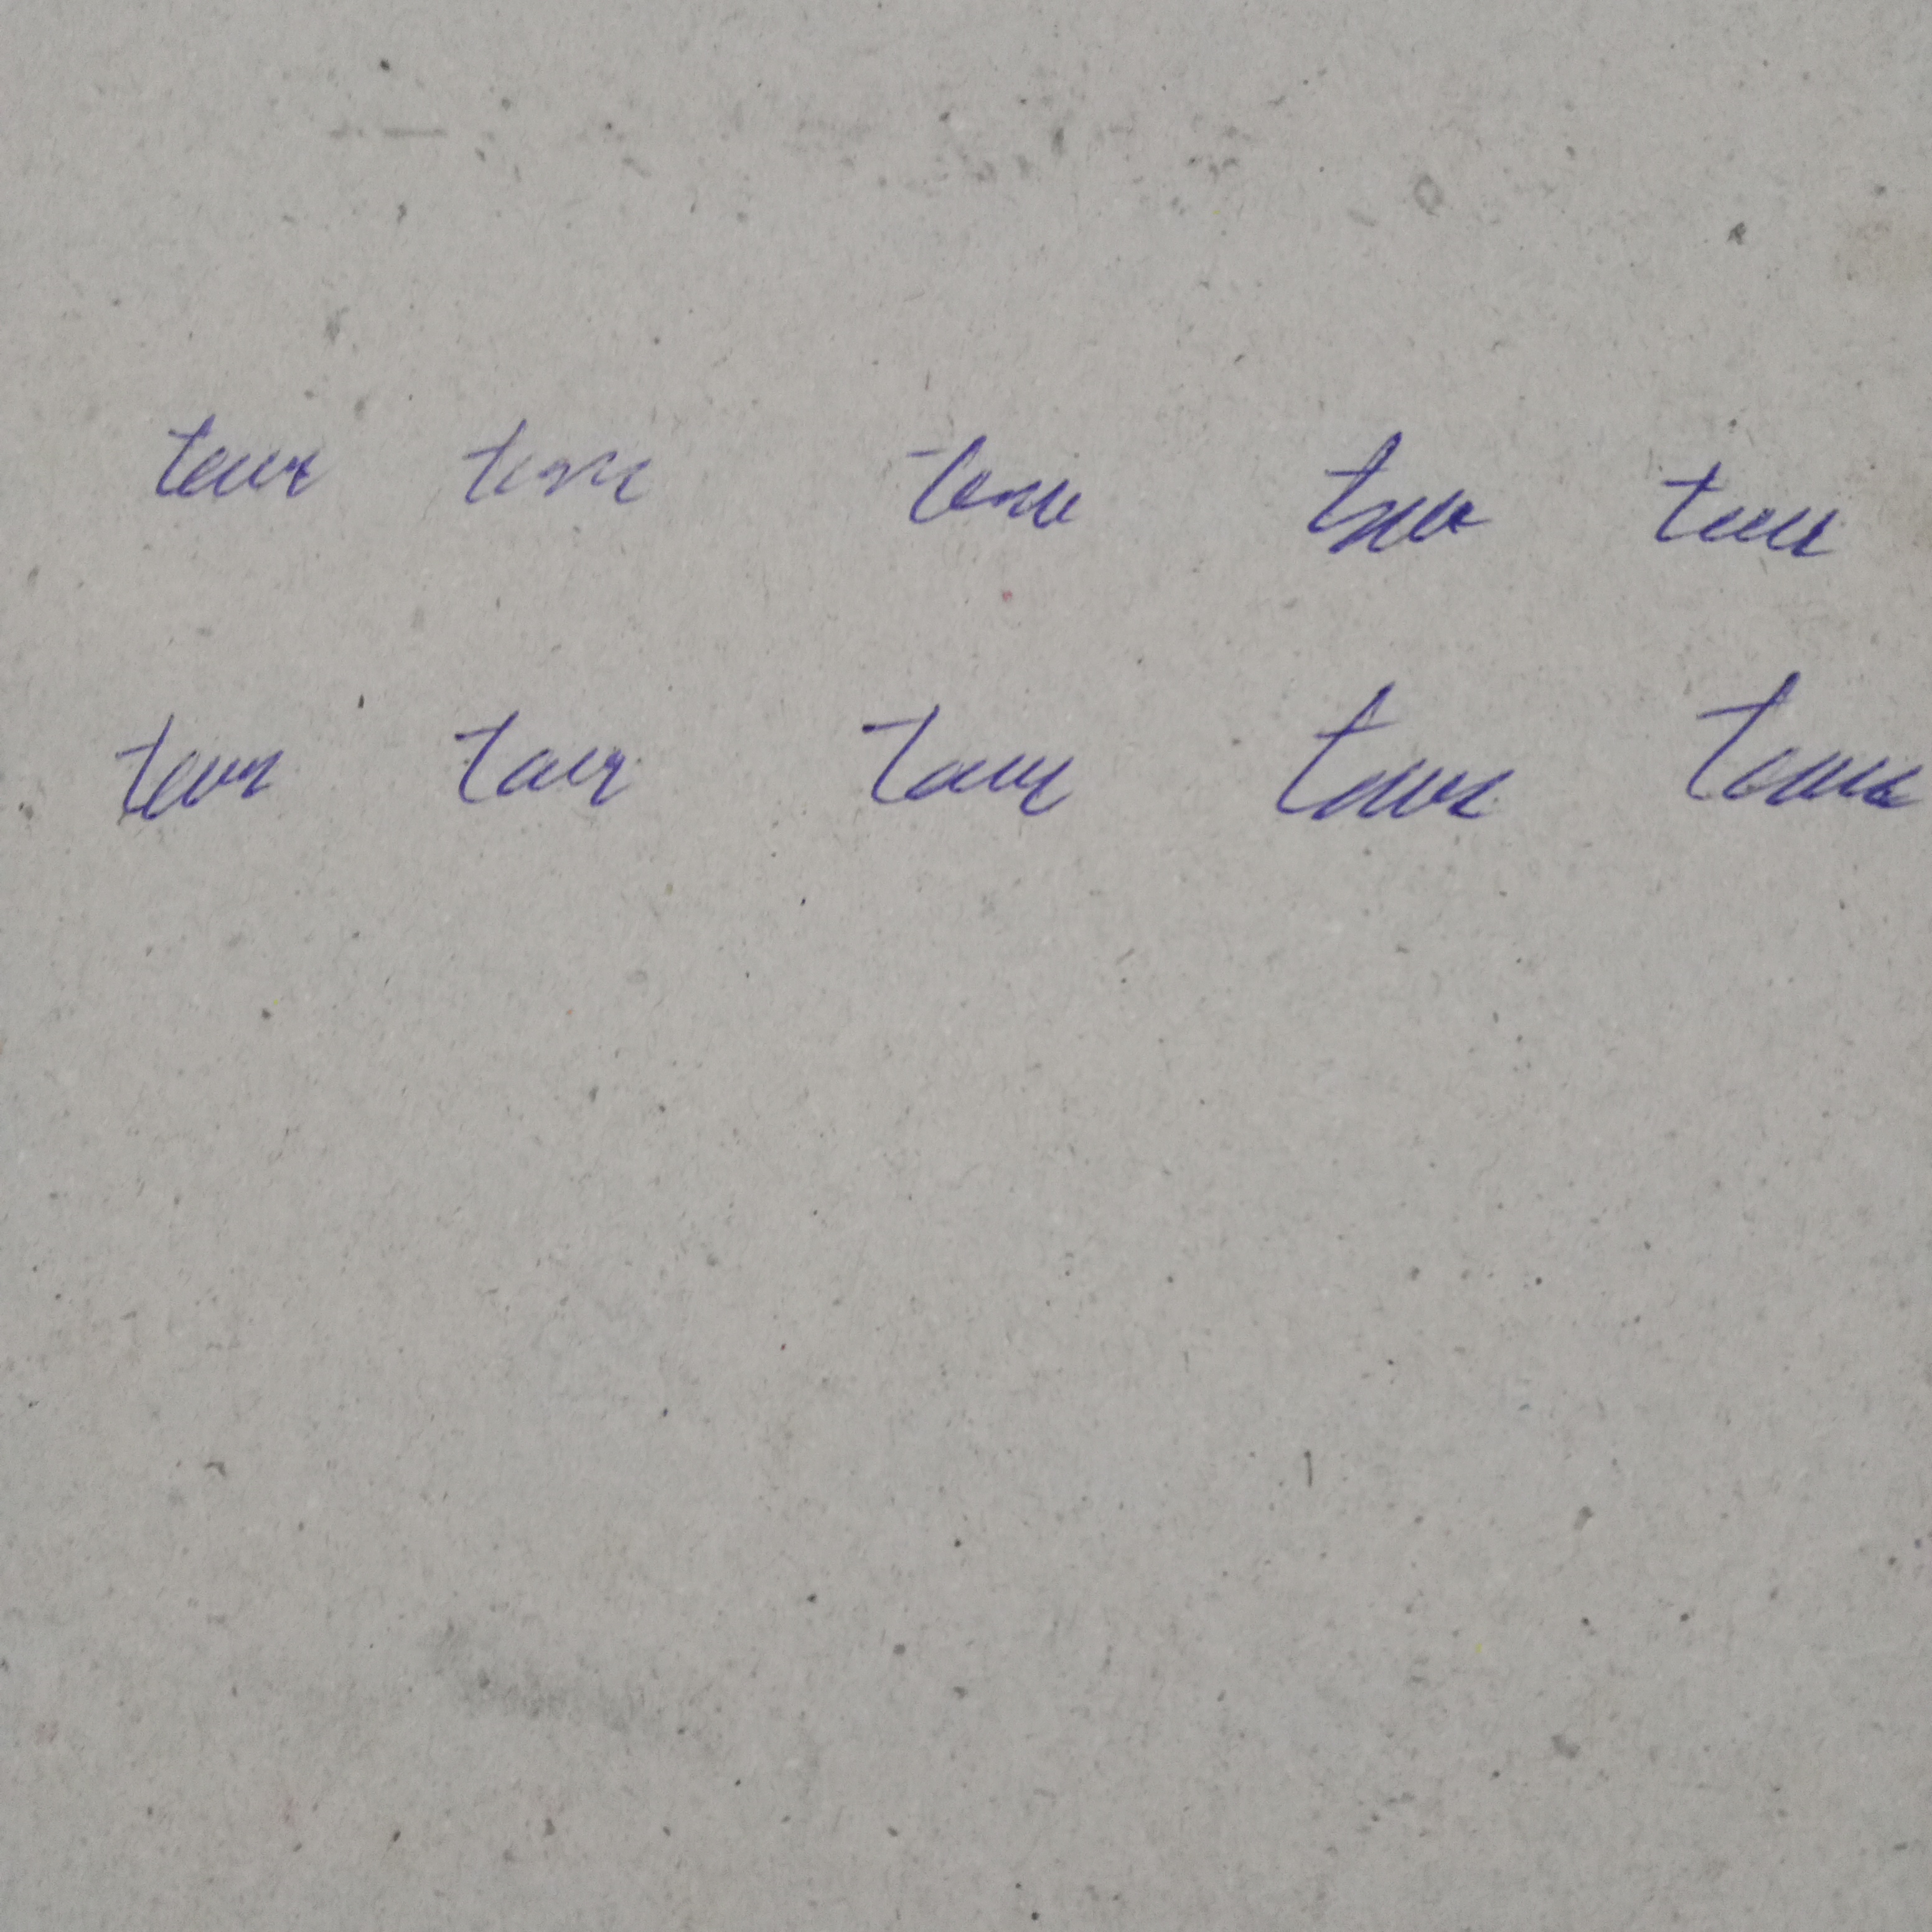
Signature authenticity: genuine